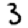
Digit: 3